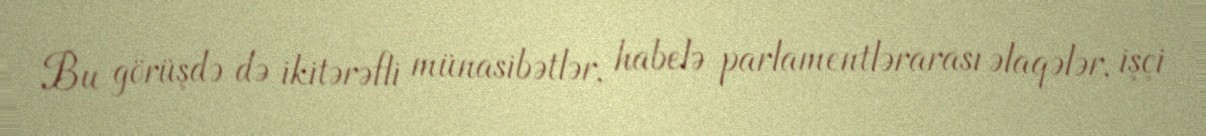
Bu görüşdə də ikitərəfli münasibətlər, habelə parlamentlərarası əlaqələr, işçi